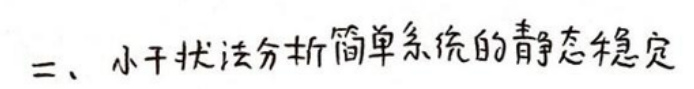
二、小干扰法分析简单系统的静态稳定